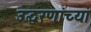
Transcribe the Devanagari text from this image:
उद्धरणांच्या